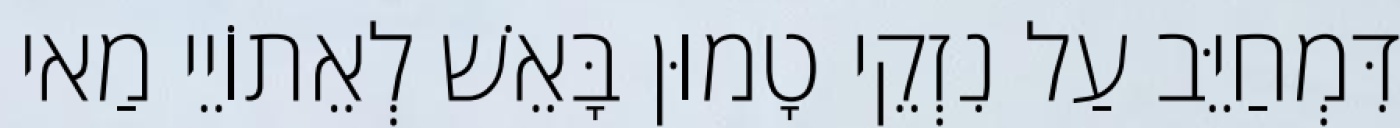
דִּמְחַיֵּב עַל נִזְקֵי טָמוּן בָּאֵשׁ לְאֵתוֹיֵי מַאי